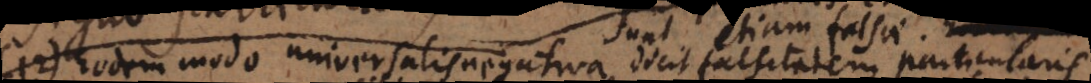
Eodem modo universalis negativa dicit falsitatem particularis